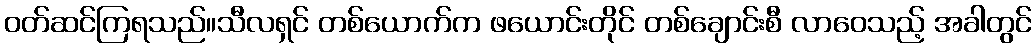
ဝတ်ဆင်ကြရသည်။သီလရှင် တစ်ယောက်က ဖယောင်းတိုင် တစ်ချောင်းစီ လာဝေသည့် အခါတွင်